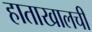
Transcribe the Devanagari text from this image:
हाताखालची